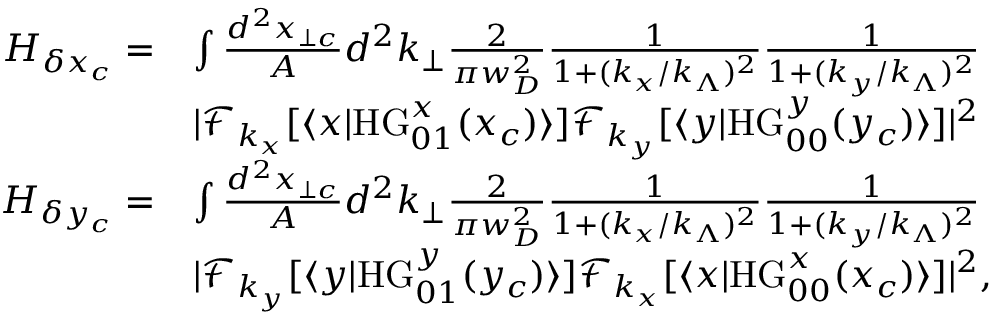
\begin{array} { r l } { H _ { \delta x _ { c } } = } & { \int \frac { d ^ { 2 } x _ { \perp c } } { A } d ^ { 2 } k _ { \perp } \frac { 2 } { \pi w _ { D } ^ { 2 } } \frac { 1 } { 1 + ( k _ { x } / k _ { \Lambda } ) ^ { 2 } } \frac { 1 } { 1 + ( k _ { y } / k _ { \Lambda } ) ^ { 2 } } } \\ & { | \mathcal { F } _ { k _ { x } } [ \langle x | \mathrm { H G } _ { 0 1 } ^ { x } ( x _ { c } ) \rangle ] \mathcal { F } _ { k _ { y } } [ \langle y | \mathrm { H G } _ { 0 0 } ^ { y } ( y _ { c } ) \rangle ] | ^ { 2 } } \\ { H _ { \delta y _ { c } } = } & { \int \frac { d ^ { 2 } x _ { \perp c } } { A } d ^ { 2 } k _ { \perp } \frac { 2 } { \pi w _ { D } ^ { 2 } } \frac { 1 } { 1 + ( k _ { x } / k _ { \Lambda } ) ^ { 2 } } \frac { 1 } { 1 + ( k _ { y } / k _ { \Lambda } ) ^ { 2 } } } \\ & { | \mathcal { F } _ { k _ { y } } [ \langle y | \mathrm { H G } _ { 0 1 } ^ { y } ( y _ { c } ) \rangle ] \mathcal { F } _ { k _ { x } } [ \langle x | \mathrm { H G } _ { 0 0 } ^ { x } ( x _ { c } ) \rangle ] | ^ { 2 } , } \end{array}